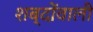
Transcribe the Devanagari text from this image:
शब्दोंवाली